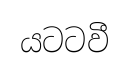
යටටවී